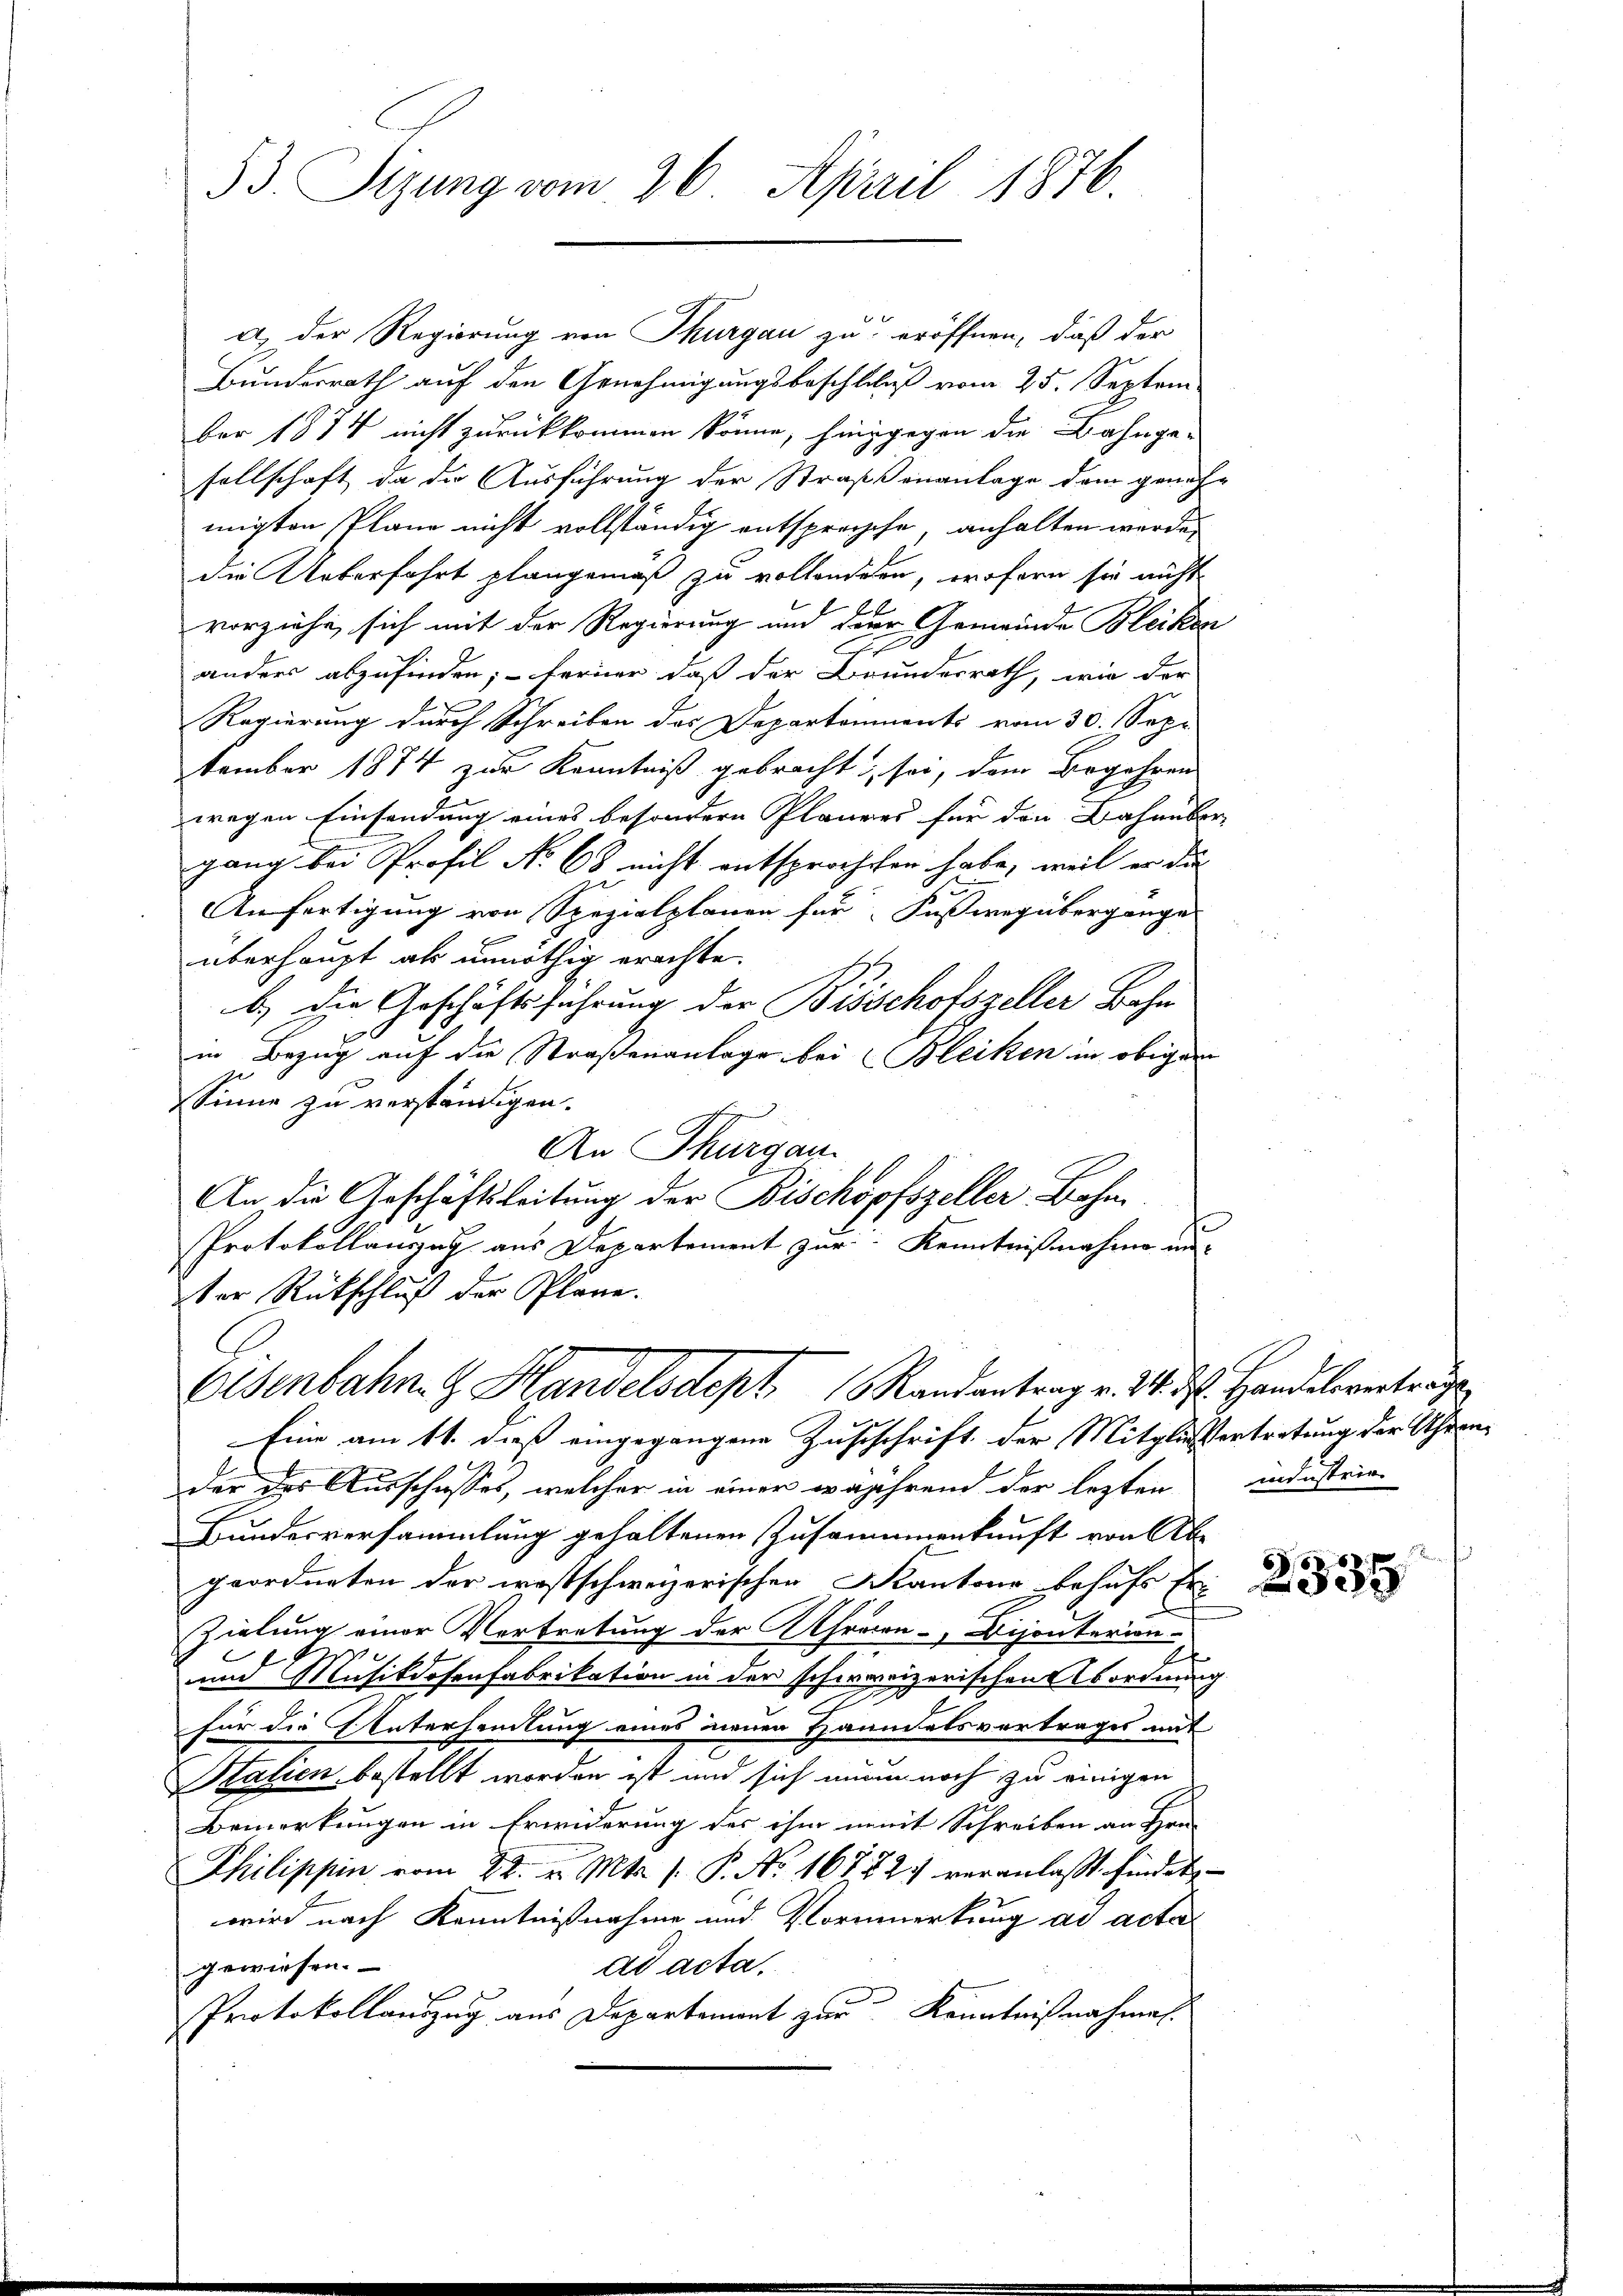
53. Sizung vom 26. April 1876.

a) der Regierung von Thurgau zu eröffnen, daß der
Bundesrath auf den Genehmigungsbeschlies vom 25. Septem
ber 1874 nicht zurückkommen könne, hinggegen die Bahnge-
sellschaft da die Ausführung der Straßenanlage dem geneh-
migten Pläne nicht vollständig entspreische, anhalten werde,
die Ueberfahrt plangemäß zu vollendeten, wofern sie nicht
ff
vorziehe sich mit der Regierung und der Gemeinde Bleiken
r
anders abzufinden; - ferner daß der Brundesrath, wie der
Regierung durch Schreiben des Departonments vom 30. Sep.
tember 1874 zur Kenntniß gebracht sei, dem Begehren
wegen Einsendung eines besondern Planers für den Bahnübergang bei Profil No 68 nicht entsprochten habe, weil er die
Anfertigung von Spezialplanen für Fußweg übergange
E
überhaupt als unnöthig erachte.
b.) Die Geschäftsführung der Bisschofszeller Bahn
in Bezug auf die Straßenanlage bei Bleiken in obige
Sinne zu verständigen.
An Thurgau.
An die Geschäftsleitung der Bischopfszeller Bahn
Protokollanzug aus Departement zur Kenntnißnahme un-
ter Rückschluß der Pläne.
Eisenbahn. G. Handelsdept, Randantrag v. 24. d. Handelsverträge
Eine am 11. dieß eingegangene Zuschrift der Mitgliessertretung der Uhrender des Ausschusses, welcher in einer wajährend der lezten industrie
Bundesversammlung gehaltenen Zusammenkunft von Ab-
geordneten der westschweizerischen Kantone behufs Er
Zielung einer Vertretung der Ahrenen-Dijonterien-
.
h
x
am Musikdosenfabrikation in der schwarizerischen Abordnung
u
für die Unterhandlung eines neuen Hammelsvertrages mit
Stalien bestellt worden ist und sich man noch zu einigen
Bemerkungen in Erwiderung des ihm nomit Schreiben an Hrn.
Philippin vom 22. v. Mts. s. P. No 16742 veranlaßt findet,
wird nach Kenntnißnahme und Vormerkung ad acta
gewiesen. |
ad acta.
Protokollauszug aus Departement zur Kenntnißnahmen.